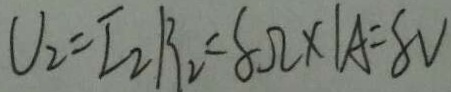
U _ { 2 } = I _ { 2 } B _ { 2 } = 8 \Omega \times 1 A = 8 V